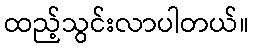
ထည့်သွင်းလာပါတယ်။